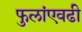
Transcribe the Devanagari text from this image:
फुलांएवढी